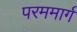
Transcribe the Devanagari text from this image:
परममार्ग